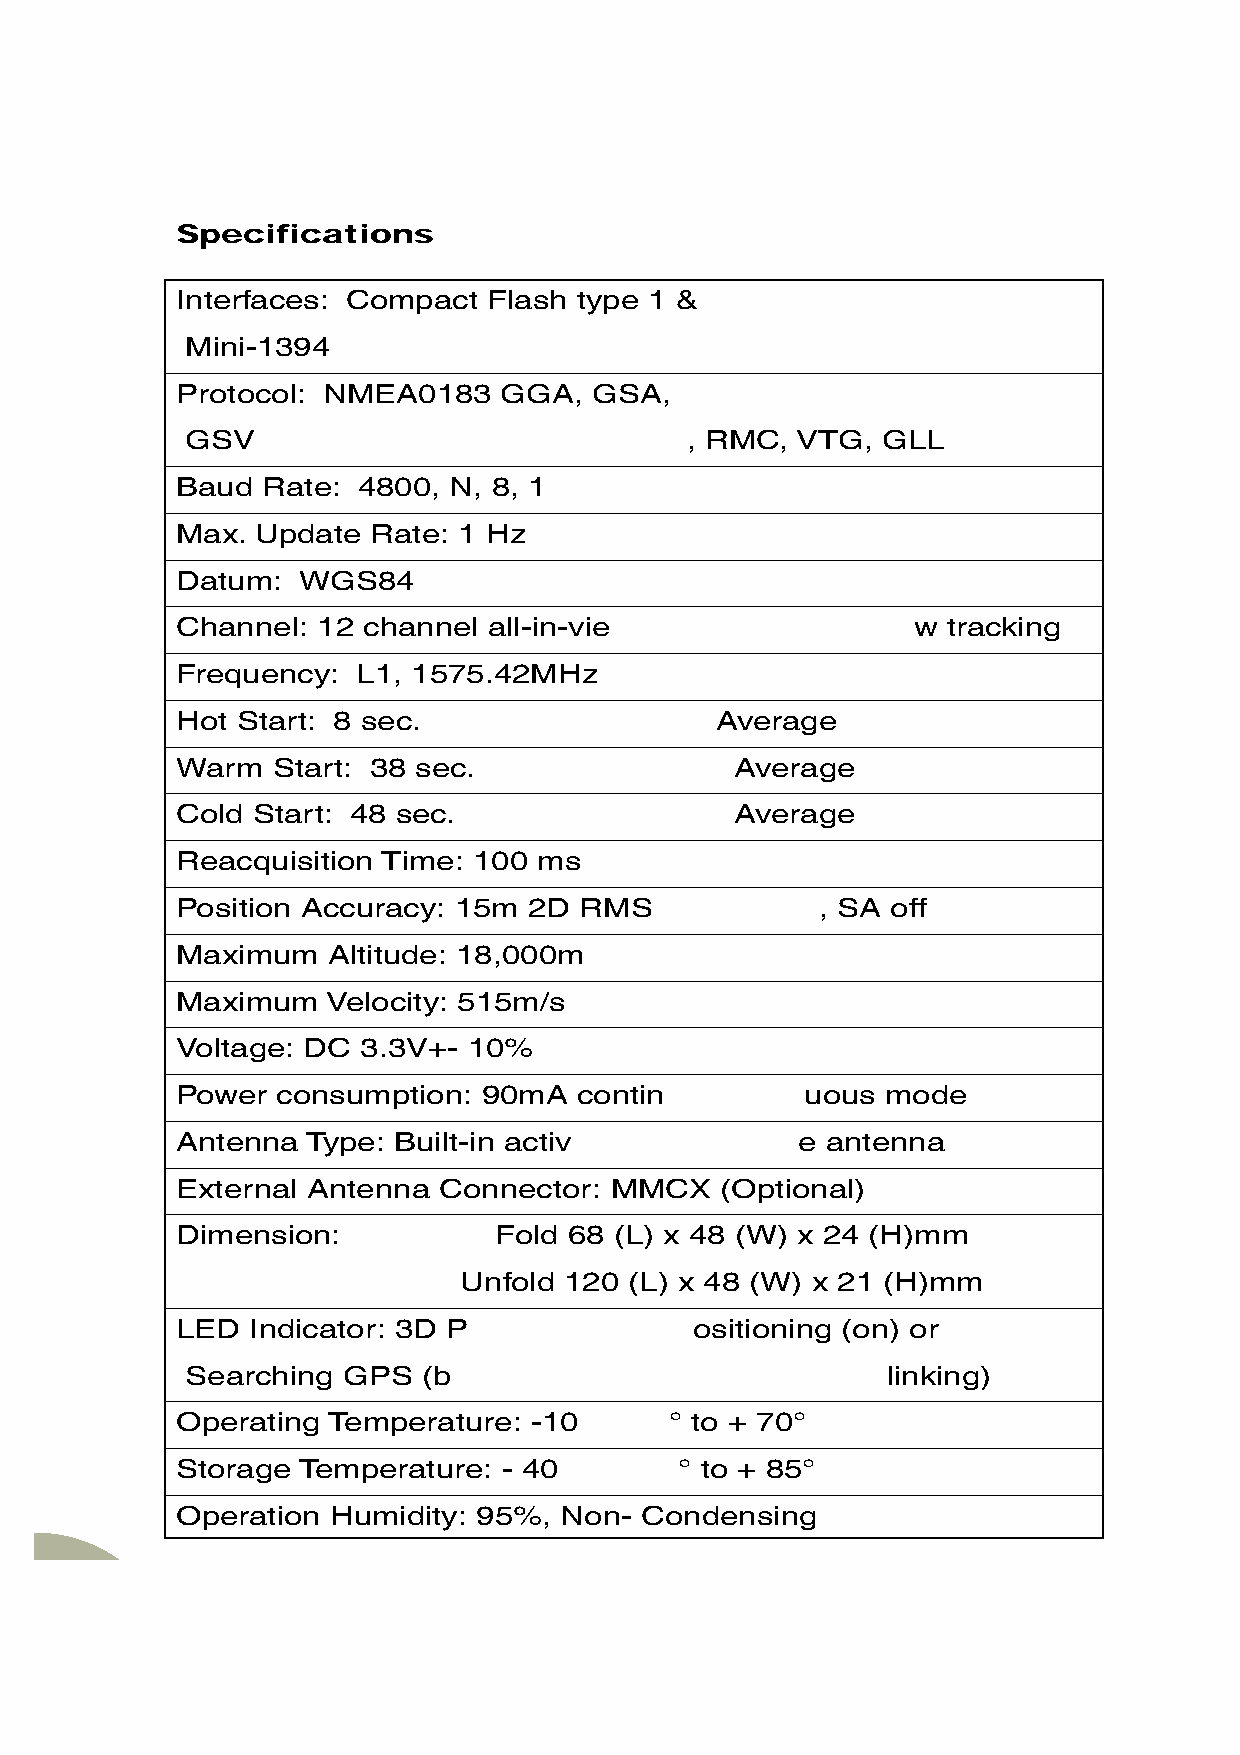
Specifications
 Interfaces: Compact Flash type 1 &
 Mini-1394
 Protocol: NMEA0183   GGA,  GSA,
 GSV                              , RMC,  VTG, GLL
 Baud Rate:  4800, N, 8, 1
 Max. Update  Rate: 1 Hz
 Datum:  WGS84
 Channel: 12 channel all-in-vie                  w  tracking
 Frequency:  L1, 1575.42MHz
 Hot Start: 8 sec.                  Average
 Warm  Start: 38 sec.                 Average
 Cold Start: 48 sec.                  Average
 Reacquisition Time: 100 ms
 Position Accuracy: 15m 2D RMS             , SA off
 Maximum   Altitude: 18,000m
 Maximum   Velocity: 515m/s
 Voltage: DC 3.3V+- 10%
 Power consumption:  90mA  contin         uous  mode
 Antenna Type: Built-in activ             e antenna
 External Antenna Connector: MMCX    (Optional)
 Dimension:           Fold 68 (L) x 48 (W) x 24 (H)mm
 Unfold 120  (L) x 48 (W) x 21 (H)mm
 LED  Indicator: 3D P              ositioning (on) or
 Searching  GPS  (b                             linking)
 Operating Temperature: -10      ° to + 70°
 Storage Temperature: - 40        ° to + 85°
 Operation Humidity: 95%, Non- Condensing